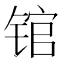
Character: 𰾒